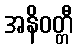
အနိဝတ္တီ